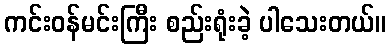
ကင်းဝန်မင်းကြီး စည်းရုံးခဲ့ ပါသေးတယ်။